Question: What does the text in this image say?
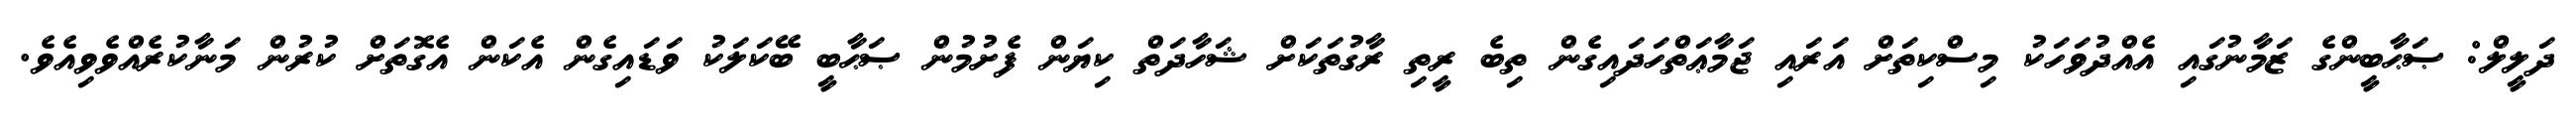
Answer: ދަލީލް: ޞަޙާބީންގެ ޒަމާނުގައި އެއްދުވަހަކު މިސްކިތަށް އަރައި ޖަމާޢަތްހަދައިގެން ތިބެ ރީތި ރާގުތަކަށް ޝަހާދަތް ކިޔަން ފެށުމުން ޞަޙާބީ ބޭކަލަކު ވަޑައިގެން އެކަން އެގޮތަށް ކުރުން މަނާކުރެއްވެވިއެވެ.